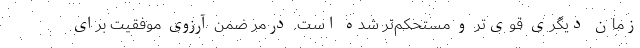
زمان دیگری قوی‌تر و مستحکم‌تر شده است. درمر ضمن آرزوی موفقیت برای